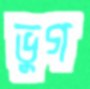
ভুগ